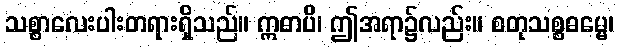
သစ္စာလေးပါးတရားရှိသည်။ ဣဓာပိ၊ ဤအရာ၌လည်း။ စတုသစ္စဓမ္မေ၊